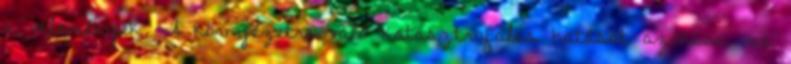
a vélemények. A környezetre való katasztrofális hatását azonban ma